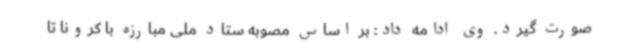
صورت گیرد. وی ادامه داد: بر اساس مصوبه ستاد ملی مبارزه با کرونا تا